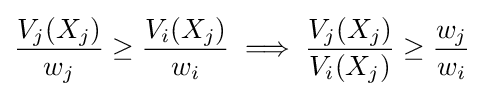
{\frac {V_{j}(X_{j})}{w_{j}}}\geq {\frac {V_{i}(X_{j})}{w_{i}}}\implies {\frac {V_{j}(X_{j})}{V_{i}(X_{j})}}\geq {\frac {w_{j}}{w_{i}}}